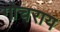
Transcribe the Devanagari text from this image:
गोचराय